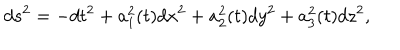
LaTeX: d s ^ { 2 } = - d t ^ { 2 } + a _ { 1 } ^ { 2 } ( t ) d x ^ { 2 } + a _ { 2 } ^ { 2 } ( t ) d y ^ { 2 } + a _ { 3 } ^ { 2 } ( t ) d z ^ { 2 } ,